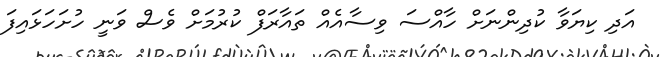
އަދި ކިޔަވާ ކުދިންނަށް ހާއްސަ ވިސާއެއް ތައާރަފް ކުުރުމަށް ވެސް ވަނީ ހުށަހަޅައިފަ